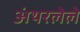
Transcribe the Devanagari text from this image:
अंथरलेले